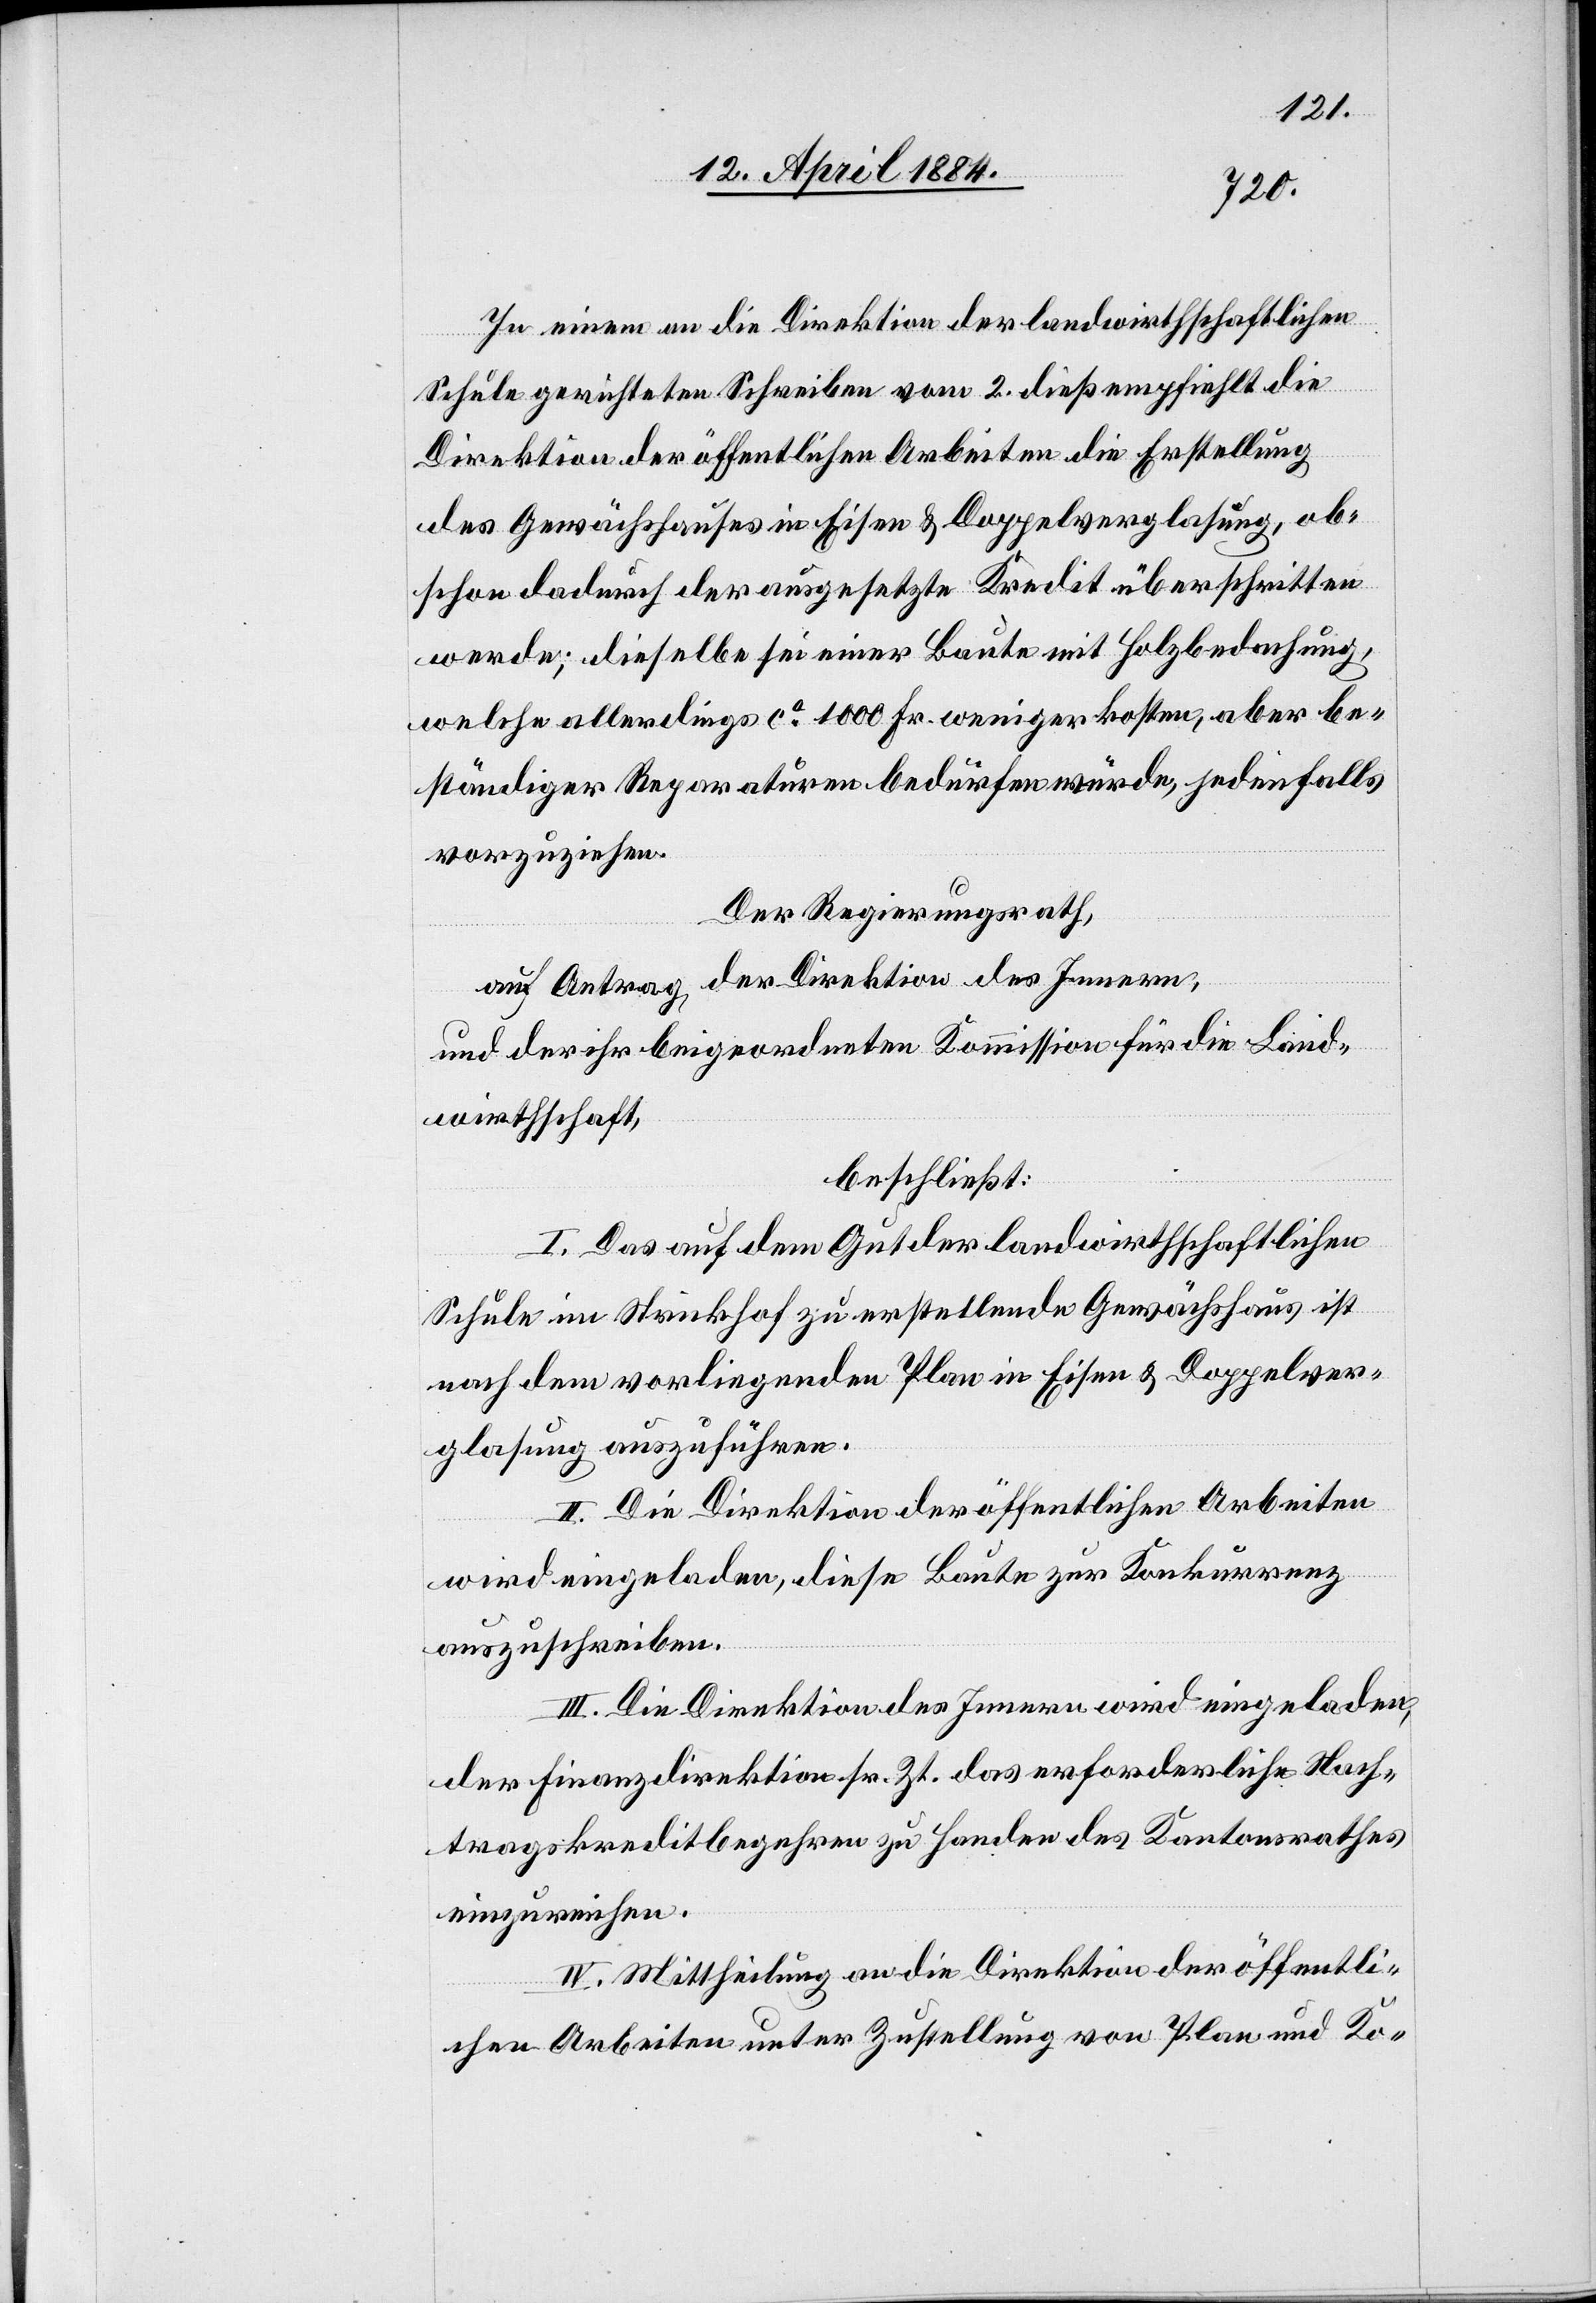
In einem an die Direktion der landwirthschaftlichen
Schule gerichteten Schreiben vom 2. dieß empfiehlt die
Direktion der öffentlichen Arbeiten die Erstellung
des Gewächshauses in Eisen & Doppelverglasung, ob¬
schon dadurch der ausgesetzte Kredit überschritten
werde; dieselbe sei einer Baute mit Holzbedachung,
welche allerdings ca 1000 Fr. weniger kosten, aber be¬
ständiger Reparaturen bedürfen würde, jedenfalls
vorzuziehen.
Der Regierungsrath,
auf Antrag der Direktion des Innern,
und der ihr beigeordneten Kommission für die Land¬
wirthschaft,
beschließt:
I. Das auf dem Gut der landwirthschaftlichen
Schule im Strickhof zu erstellende Gewächshaus ist
nach dem vorliegenden Plan in Eisen & Doppelver¬
glasung auszuführen.
II. Die Direktion der öffentlichen Arbeiten
wird eingeladen, diese Baute zur Konkurrenz
auszuschreiben.
III. Die Direktion des Innern wird eingeladen,
der Finanzdirektion sr. Zt. das erforderliche Nach¬
tragskreditbegehren zu Handen des Kantonsrathes
einzureichen.
IV. Mittheilung an die Direktion der öffentli¬
chen Arbeiten unter Zustellung von Plan und Ko-